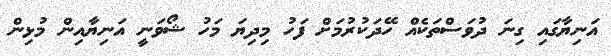
އަނިޔާގައި ގިނަ ދުވަސްތަކެއް ހޭދަކުރުމަށް ފަހު މިދިޔަ މަހު ޝޯވަނީ އަނިޔާއިން މުޅިން